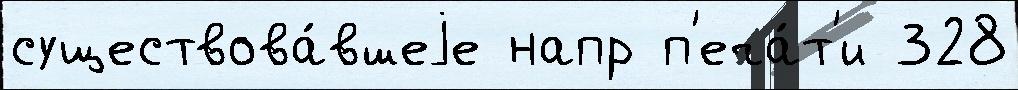
существова́вшеjе напр п'еча́т'и 328